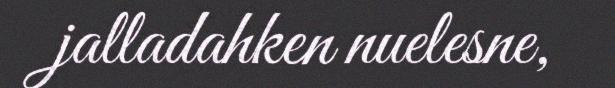
jalladahken nuelesne,